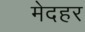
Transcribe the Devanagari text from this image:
मेदहर